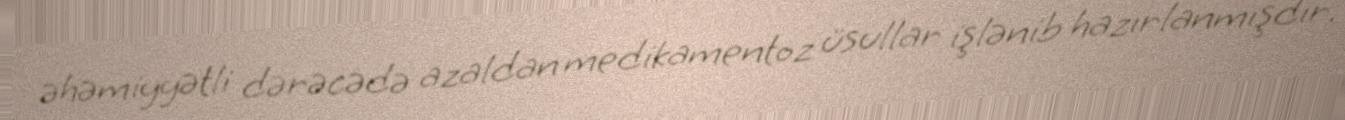
əhəmiyyətli dərəcədə azaldan medikamentoz üsullar işlənib hazırlanmışdır.